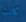
كانت